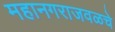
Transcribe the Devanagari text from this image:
महानगराजवळचे